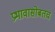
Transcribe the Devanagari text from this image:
प्रभावासोबतच